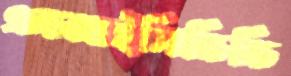
এনআইসিভিডি